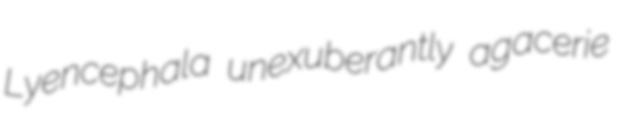
Lyencephala unexuberantly agacerie